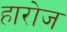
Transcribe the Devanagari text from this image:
हारोज